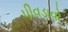
પીવડાવો